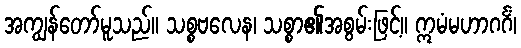
အကျွန်တော်မူသည်။ သစ္စဗလေန၊ သစ္စာ၏အစွမ်းဖြင့်။ ဣမံမဟာဂင်္ဂံ၊